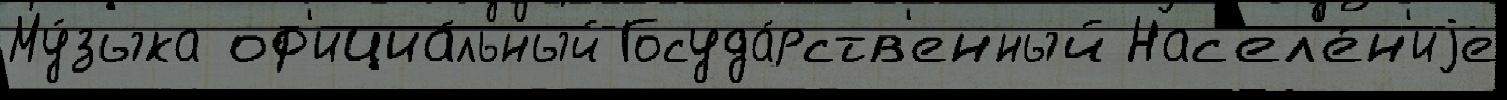
Му́зыка оф'ициа́льный Госуда́рств'енный Нас'ел'е́н'иjе